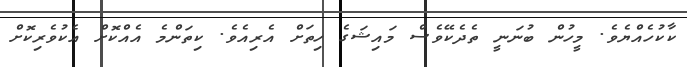
ކާކުހެއްޔެވެ. މީހުން ބުނަނީ ތެދެކޭވެސް މައިޝަގެ ހިތަށް އެރިއެވެ. ކިތަންމެ އެއްކޮށް އެކުވެރިކޮށް